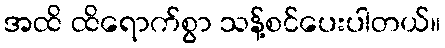
အထိ ထိရောက်စွာ သန့်စင်ပေးပါတယ်။